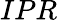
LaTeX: IPR